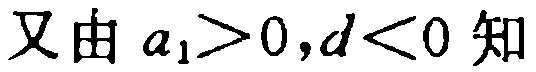
又由 \(a_{1}>0,d<0\) 知